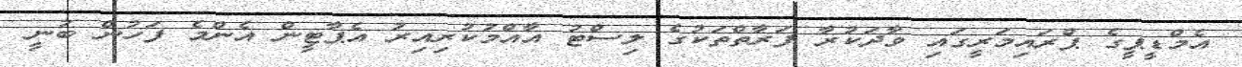
އެމްޑީޕީގެ ޕްރައިމަރީގައި ވާދަކުރާ ފަރާތްތަކުގެ ލިސްޓު އާއްމުކުރިއިރު އެޕާޓީން އެންމެ ފަހުން ބުނީ